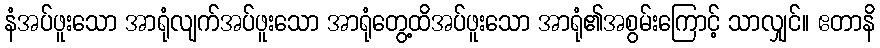
နံအပ်ဖူးသော အာရုံလျက်အပ်ဖူးသော အာရုံတွေ့ထိအပ်ဖူးသော အာရုံ၏အစွမ်းကြောင့် သာလျှင်။ ဧတာနိ